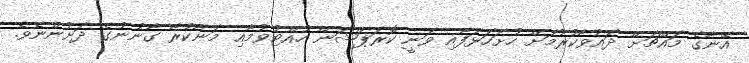
އޭނާގެ މައްޗަށް ދައުވާކުރުމަށް ހުށަހަޅަފާއި ވަނީ ކޮރަޕްޝަން ހުއްޓުވުމާއި މަނާކުރާ ގާނުނުގެ ދަށުންނެވެ.